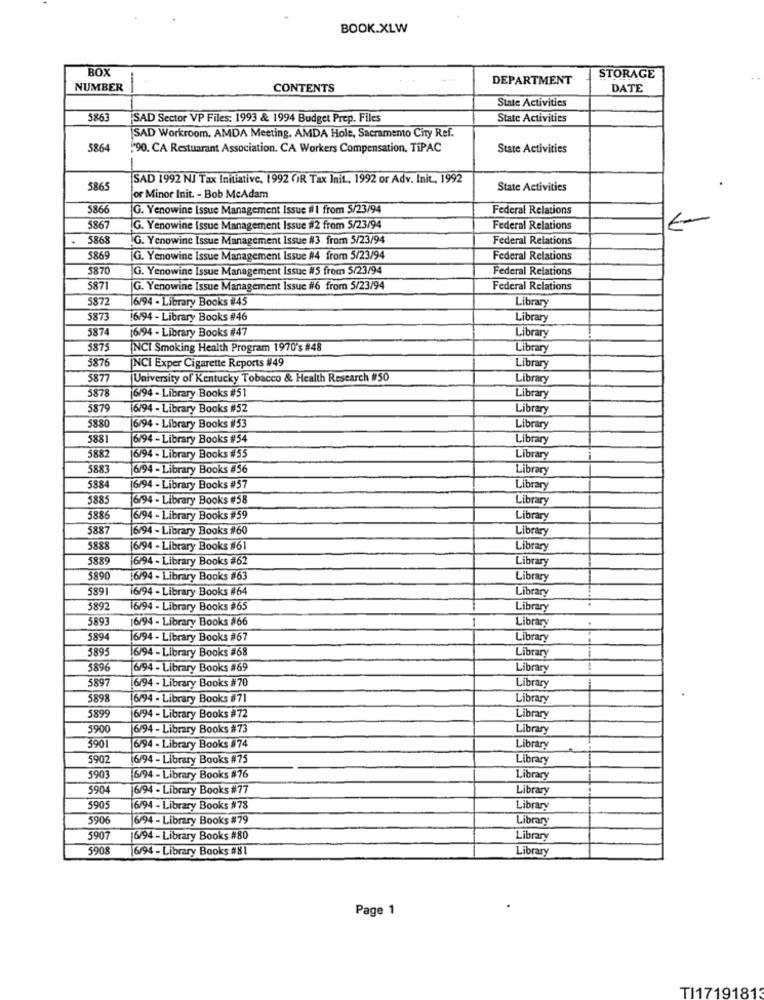
BOOK.XLW
BOX
DEPARTMENT
STORAGE
NUMBER
-
CONTENTS
DATE
State Activities
5863
SAD Sector VP Files: 1993 & 1994 Budget Prep. Files
State Activities
SAD Workroom. AMDA Meeting. AMDA Hole, Sacramento City Ref.
5864
'90. CA Restuarant Association. CA Workers Compensation, TiPAC
State Activities
SAD 1992 NJ Tax Initiative, 1992 OR Tax Init ., 1992 or Adv. Init, 1992
5865
State Activities
or Minor Init. - Bob McAdam
5866
G. Yenowine Issue Management Issue #| from $/23/94
Federal Relations
5867
G. Yenowine Issue Management Issue #2 from 5/23/94
Federal Relations
5868
.G. Yenowine Issue Management Issue #3 from 5/23/94
Federal Relations
5869
[G. Yenowine Issue Management Issue #4 from 5/23/94
Federal Relations
5870
G. Yenowine Issue Management Issue #5 from 5/23/94
Federal Relations
5871
G. Yenowine Issue Management Issue #6 from 5/23/94
Federal Relations
5872
16/94 - Library Books #45
Library
5873
6/94 - Library Books #46
Library
5874
[6/94 - Library Books #47
Library
5875
NCI Smoking Health Program 1970's #48
Library
INCI Exper Cigarette Reports #49
5876
Library
5877
University of Kentucky Tobacco & Health Research #50
Library
5878
6/94 - Library Books #51
Library
5879
16/94 - Library Books #52
Library
5880
6/94 - Library Books #/53
Library
5881
6/94 - Library Books #54
Library
5882
16/94 - Library Books #55
Library
5883
6/94 - Library Books 456
Library
5884
16/94 - Library Books #57
Library
5885
16/94 - Library Books #58
Library
5886
16/94 - Library Books #59
Library
5887
16/94 - Library Books #60
Library
588
16/94 - Library Books #61
Library
3885
6/94 - Library Books #62
Library
5890
16/94 - Library Books #63
Library
589
16/94 - Library Books #64
Library
5892
16/94 - Library Books #65
Library
5893
6/94 - Library Books #66
Library
5894
16/94 - Library Books #67
Library
3895
16/94 - Library Books #68
Library
5896
6/94 - Library Books #69
Library
5897
6/94 - Library Books #70
Library
5898
6/94 - Library Books #71
Library
5899
6/94 - Library Books #72
Library
5900
6/94 - Library Books #73
Library
590
6/94 - Library Books #74
Library
5902
16/94 - Library Books #75
Library
5903
6/94 - Library Books #76
Library
5904
6/94 - Library Books #77
Library
5905
6/94 - Library Books #78
Library
590€
6/94 - Library Books #79
Library
5907
6/94 - Library Books #80
Library
5908
6/94 - Library Books #81
Library
Page 1
TI17191813